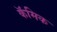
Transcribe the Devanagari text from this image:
कॅमिक